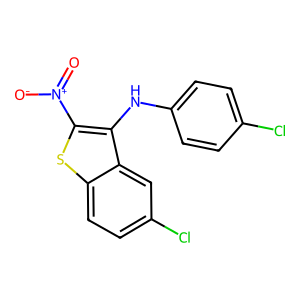
SMILES: O=[N+]([O-])c1sc2ccc(Cl)cc2c1Nc1ccc(Cl)cc1
Inhibits HIV replication: No